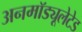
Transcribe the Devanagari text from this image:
अनमॉड्यूलेटेड